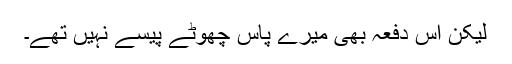
لیکن اس دفعہ بھی میرے پاس چھوٹے پیسے نہیں تھے۔